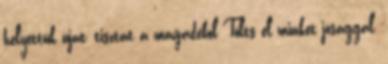
helyettük újat, tisztát a magadéból Tölts el minket jósággal,